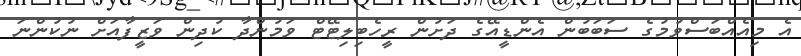
އެ މިއެއްބަސްވުމުގެ ސަބަބުން އެންޑީއޭގެ ދަށުން ރީހެބިލިޓޭޓް ވަމުންދާ ކުދިން ވަޒީފާއަށް ނުކުންނަ